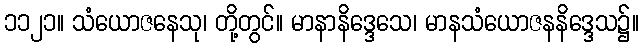
၁၁၂၁။ သံယောဇနေသု၊ တို့တွင်။ မာနာနိဒ္ဒေသေ၊ မာနသံယောဇနနိဒ္ဒေသ၌။